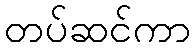
တပ်ဆင်ကာ